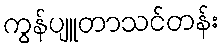
ကွန်ပျူတာသင်တန်း